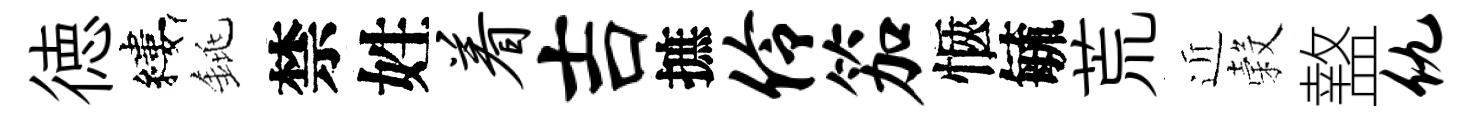
徳縷銚禁姓着吉摭伶笳愜毓荒近穀盩仇